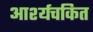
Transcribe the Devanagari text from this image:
आर्श्यचकित